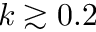
k \gtrsim 0 . 2